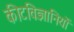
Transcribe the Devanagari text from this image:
कीटविज्ञानियों